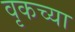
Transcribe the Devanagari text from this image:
वृकच्या